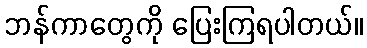
ဘန်ကာတွေကို ပြေးကြရပါတယ်။